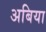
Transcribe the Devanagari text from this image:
अबिया